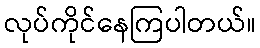
လုပ်ကိုင်နေကြပါတယ်။